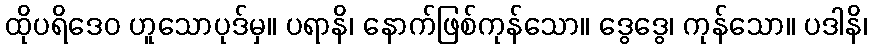
ထိုပရိဒေဝ ဟူသောပုဒ်မှ။ ပရာနိ၊ နောက်ဖြစ်ကုန်သော။ ဒွေဒွေ၊ ကုန်သော။ ပဒါနိ၊